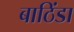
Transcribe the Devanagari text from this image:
बाठिंडा